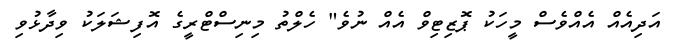
އަދިއެއް އެއްވެސް މީހަކު ޕޮޒިޓިވް އެއް ނުވެ" ހެލްތު މިނިސްޓްރީގެ އޮފިޝަލަކު ވިދާޅުވި